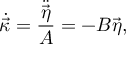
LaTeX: \dot { \vec { \kappa } } = \frac { \ddot { \vec { \eta } } } { A } = - B \vec { \eta } ,